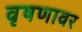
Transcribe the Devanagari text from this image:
वृषणावर